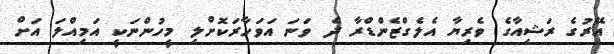
އޭރުގެ ރަޝިއާގެ ވެރިޔާ އެލެގްޒެންޑްރާ ދެ ވަނަ އަވަހާރަކޮށްލި މީހުންނަކީ އަމިއްލަ އަށް